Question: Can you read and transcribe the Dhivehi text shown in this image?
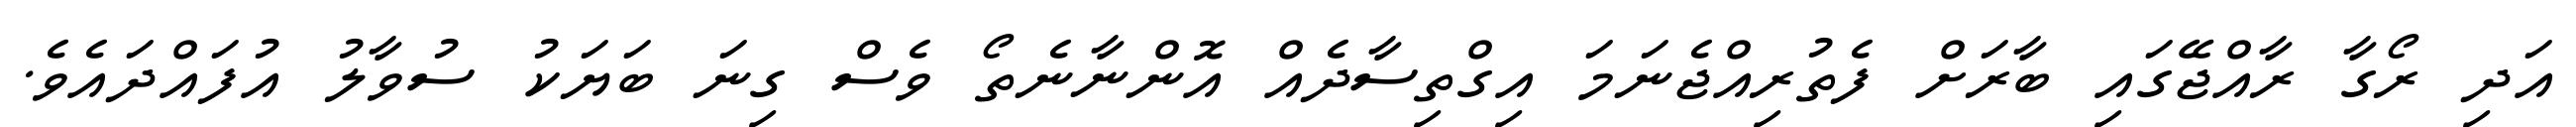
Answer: އަދި ރޯގާ ރާއްޖޭގައި ބާރަށް ފެތުރިއްޖެނަމަ އިގްތިސާދެއް އޮންނާނެތޯ ވެސް ގިނަ ބަޔަކު ސުވާލު އުފައްދައެވެ.